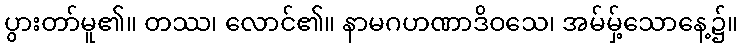
ပွားတာ်မူ၏။ တဿ၊ လောင်၏။ နာမဂဟဏာဒိဝသေ၊ အမ်မှ့်သောနေ့၌။